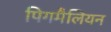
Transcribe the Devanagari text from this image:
पिगमैलियन